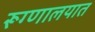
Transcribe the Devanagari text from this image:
रूग्‍णालयात